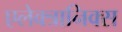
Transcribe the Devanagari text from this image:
एलेक्त्रानिक्स